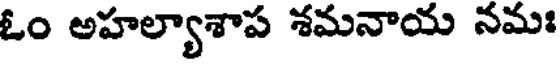
ఓం అహల్యాశాప శమనాయ నమః